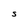
Character: S